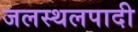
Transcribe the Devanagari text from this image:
जलस्थलपादी